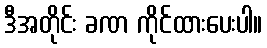
ဒီအတိုင်း ခဏ ကိုင်ထားပေးပါ။